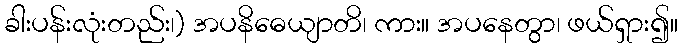
ခါးပန်းလုံးတည်း၊) အပနိဓေယျာတိ၊ ကား။ အပနေတွာ၊ ဖယ်ရှား၍။